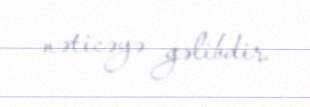
nəticəyə gəlibdir.